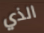
الذي